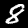
Digit: 8